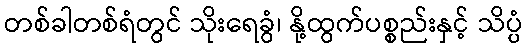
တစ်ခါတစ်ရံတွင် သိုးရေခွံ၊ နို့ထွက်ပစ္စည်းနှင့် သိပ္ပံ